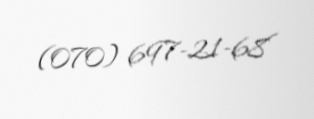
(070) 697-21-68